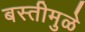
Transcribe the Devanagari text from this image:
बस्तीमुळे